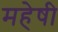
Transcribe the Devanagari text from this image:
महेषी